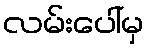
လမ်းပေါ်မှ